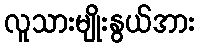
လူသားမျိုးနွယ်အား